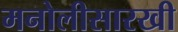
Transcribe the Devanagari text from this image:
मनोलीसारखी